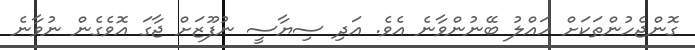
ގޮންޖެހުންތަކަށް ހައްލު ބޭނުންވާނެ އެވެ. އަދި ސިޔާސީ ނުފޫޒަށް ޖާގަ އޮވެގެން ނުވާނެ